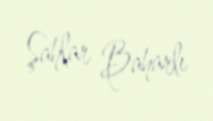
Şahlar Baharlı